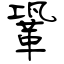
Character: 鞏